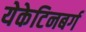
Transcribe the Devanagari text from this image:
येकेटिनबर्ग